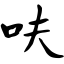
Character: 呋